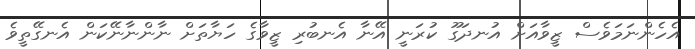
އެހެންނަމަވެސް ޒީވާއަށް އުނދަގޫ ކުރަނީ އޭނާ އެނބުރި ޒީވާގެ ހަޔާތަށް ނާންނާނޭކަން އެނގޭތީވެ